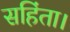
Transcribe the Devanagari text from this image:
सहिंता।